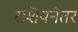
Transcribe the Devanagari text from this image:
रशियनेतर